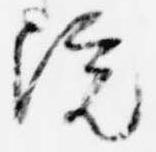
院